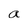
Character: a